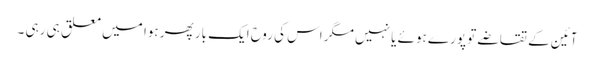
آئین کے تقاضے تو پورے ہوئے یا نہیں مگر اس کی روح ایک بار پھر ہوا میں معلق ہی رہی ۔